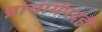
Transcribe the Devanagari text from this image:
प्राचार्यपदही